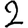
Digit: 2